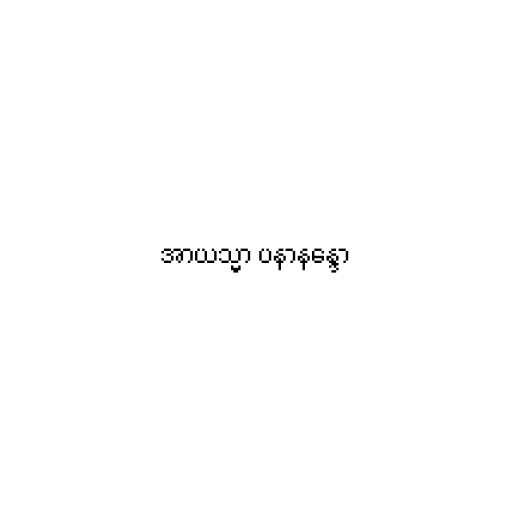
အာယသ္မာ ပနာနန္ဒော